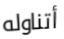
أتناوله